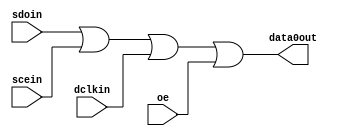
module tornado_epcs_controller_atom (
                                       dclkin,
                                       oe,
                                       scein,
                                       sdoin,
                                       data0out
                                    )
;
  output           data0out;
  input            dclkin;
  input            oe;
  input            scein;
  input            sdoin;
  wire             data0out;
  assign data0out = sdoin | scein | dclkin | oe;
endmodule